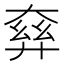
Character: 𡙘